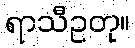
ရာသီဥတု။